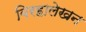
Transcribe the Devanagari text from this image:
विरहालेखन